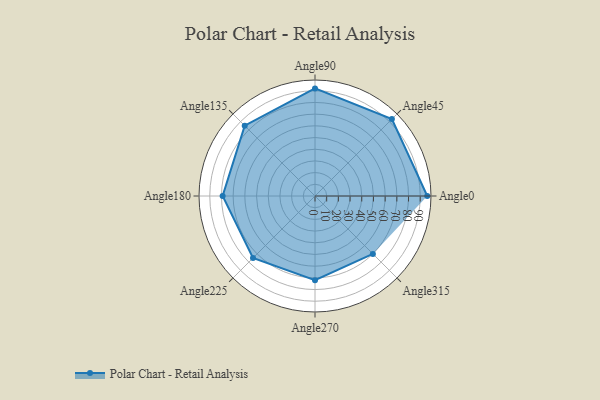
{"axis": {"x": "Angle", "y": "Radius"}, "legend": [""], "data": [{"x": "Angle0", "y": 96.0, "type": ""}, {"x": "Angle45", "y": 93.0, "type": ""}, {"x": "Angle90", "y": 92.0, "type": ""}, {"x": "Angle135", "y": 85.0, "type": ""}, {"x": "Angle180", "y": 79.0, "type": ""}, {"x": "Angle225", "y": 75.0, "type": ""}, {"x": "Angle270", "y": 72.0, "type": ""}, {"x": "Angle315", "y": 70.0, "type": ""}]}